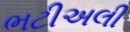
ભટીઅલી